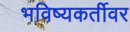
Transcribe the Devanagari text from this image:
भविष्यकर्तीवर